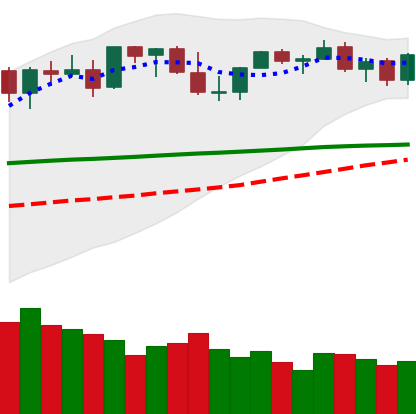
Ticker: ETH-USD
Chart end date: 2021-08-27
Forward return: 17.251%
Label: up_7plus